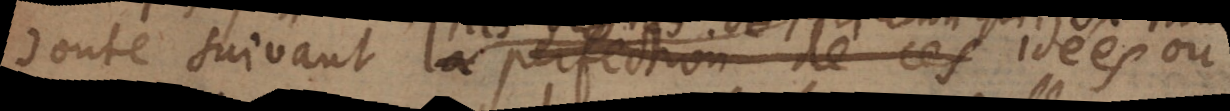
doute suivant la perfections de ces idées de